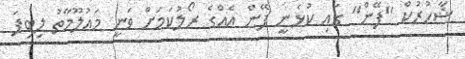
ޝާހުރުކް ''ފޭން'' ގައި ކުޅެނީ ފޭން އެއްގެ ރޯލުކަމަށް ވަނީ މައުލޫމާތު ލިބިފަ